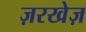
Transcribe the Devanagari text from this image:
ज़रखेज़